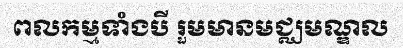
ពលកម្មទាំងបី រួមមានមជ្ឈមណ្ឌល